画像に写った文字を読んでください
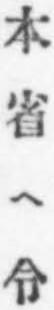
「本省ヘ令」と書いてあります